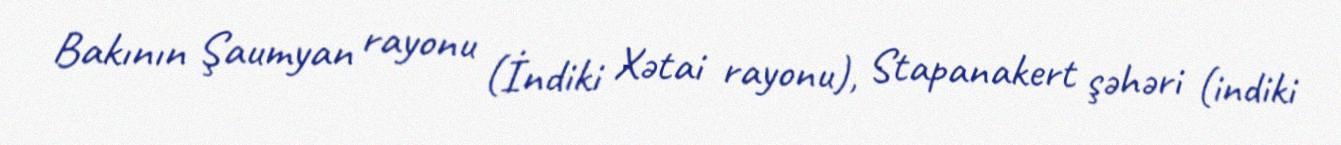
Bakının Şaumyan rayonu (İndiki Xətai rayonu), Stapanakert şəhəri (indiki